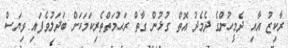
ރާކިޒު އާއި ދެމީހުންގެ ދެމެދު އޮތް ގުޅުން ގާތް ރަޙުމަތްތެރިކަމަކަށް ބަދަލުވެފައި ވިޔަސް